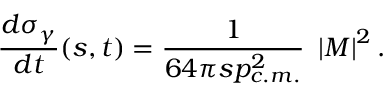
{ \frac { d \sigma _ { \gamma } } { d t } } ( s , t ) = { \frac { 1 } { 6 4 \pi s p _ { c . m . } ^ { 2 } } } ~ \left| { \cal M } \right| ^ { 2 } .